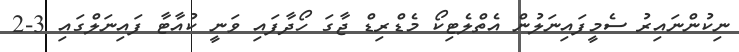
ނިކުންނައިރު ސެމީފައިނަލުން އެތްލެޓިކޯ މެޑްރިޑް ޖާގަ ހޯދާފައި ވަނީ ކުއާޓާ ފައިނަލްގައި 3-2